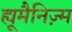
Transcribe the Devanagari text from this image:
ह्यूमैनिज़्म